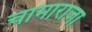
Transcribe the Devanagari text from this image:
चामाराजा